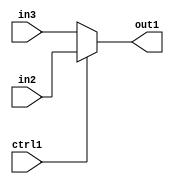
`timescale 1ps / 1ps
/*****************************************************************************
    Verilog RTL Description
    
    
    Created by: Stratus DpOpt 2019.1.01 
*******************************************************************************/

module bias_addr_gen_N_Mux_32_2_12_4 (
	in3,
	in2,
	ctrl1,
	out1
	); /* architecture "behavioural" */ 
input [31:0] in3,
	in2;
input  ctrl1;
output [31:0] out1;
wire [31:0] asc001;

reg [31:0] asc001_tmp_0;
assign asc001 = asc001_tmp_0;
always @ (ctrl1 or in2 or in3) begin
	case (ctrl1)
		1'B1 : asc001_tmp_0 = in2 ;
		default : asc001_tmp_0 = in3 ;
	endcase
end

assign out1 = asc001;
endmodule

/* CADENCE  uLf4Qgk= : u9/ySgnWtBlWxVPRXgAZ4Og= ** DO NOT EDIT THIS LINE ******/